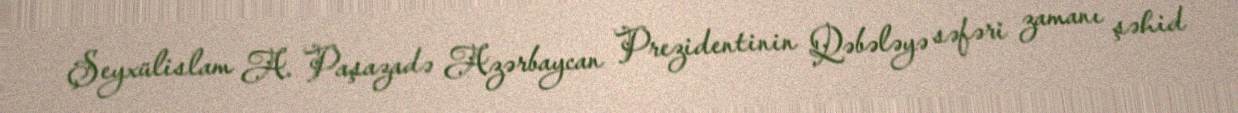
Şeyxülislam A. Paşazadə Azərbaycan Prezidentinin Qəbələyə səfəri zamanı şəhid